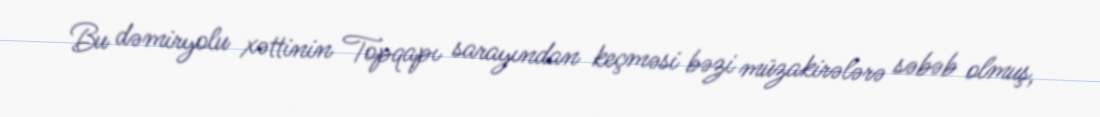
Bu dəmiryolu xəttinin Topqapı sarayından keçməsi bəzi müzakirələrə səbəb olmuş,